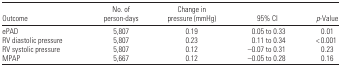
<table><thead><tr><td><b>Outcome</b></td><td><b>No. of person-days</b></td><td><b>Change in pressure (mmHg)</b></td><td><b>95% CI</b></td><td><b><i>p</i>-Value</b></td></tr></thead><tbody><tr><td>ePAD</td><td>5,807</td><td>0.19</td><td>0.05 to 0.33</td><td>0.01</td></tr><tr><td>RV diastolic pressure</td><td>5,807</td><td>0.23</td><td>0.11 to 0.34</td><td>&lt; 0.001</td></tr><tr><td>RV systolic pressure</td><td>5,807</td><td>0.12</td><td>−0.07 to 0.31</td><td>0.23</td></tr><tr><td>MPAP</td><td>5,667</td><td>0.12</td><td>−0.05 to 0.28</td><td>0.16</td></tr></tbody></table>